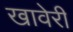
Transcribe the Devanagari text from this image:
खावेरी